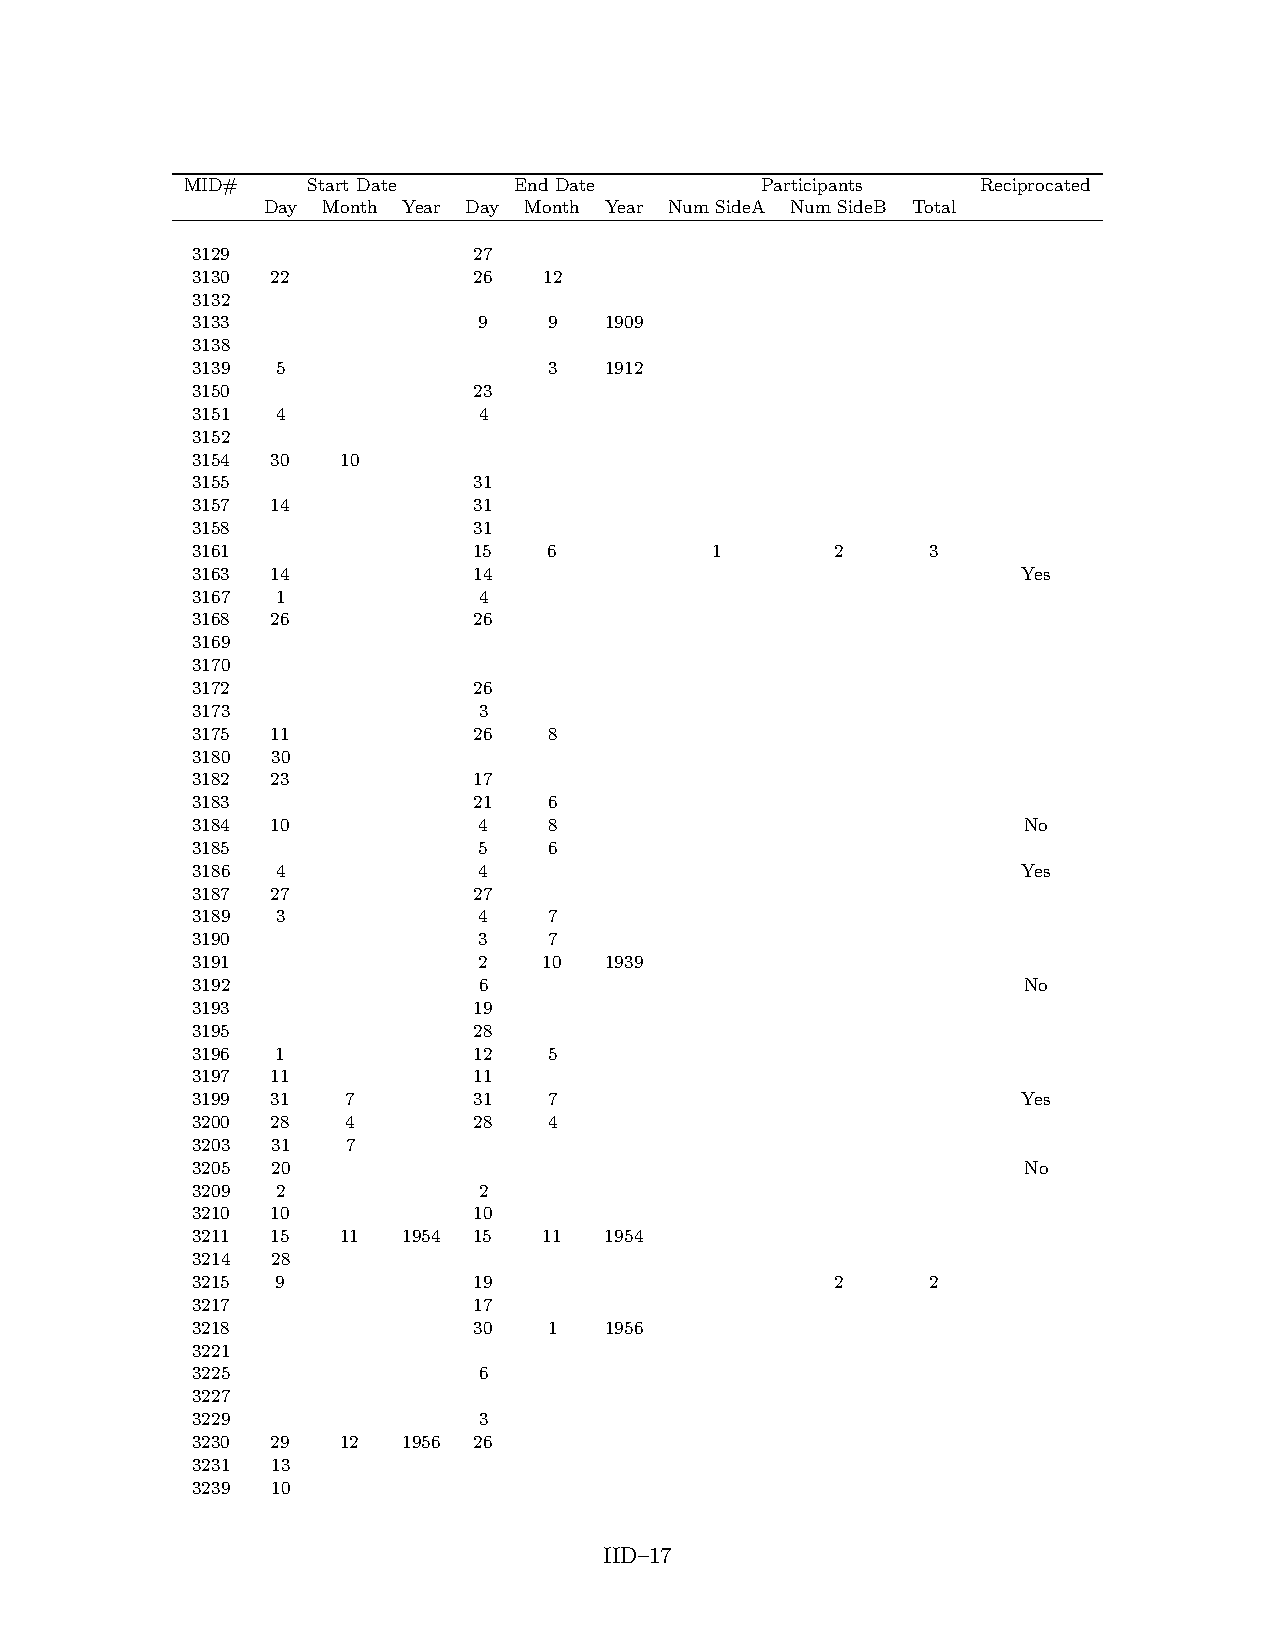
MID#    Start Date    End Date        Participants   Reciprocated
 Day Month Year Day Month Year Num SideA Num SideB Total
 3129              27
 3130 22           26   12
 3132
 3133               9   9   1909
 3138
 3139 5                 3   1912
 3150              23
 3151 4             4
 3152
 3154 30   10
 3155              31
 3157 14           31
 3158              31
 3161              15   6          1       2      3
 3163 14           14                                   Yes
 3167 1             4
 3168 26           26
 3169
 3170
 3172              26
 3173               3
 3175 11           26   8
 3180 30
 3182 23           17
 3183              21   6
 3184 10            4   8                               No
 3185               5   6
 3186 4             4                                   Yes
 3187 27           27
 3189 3             4   7
 3190               3   7
 3191               2   10  1939
 3192               6                                   No
 3193              19
 3195              28
 3196 1            12   5
 3197 11           11
 3199 31   7       31   7                               Yes
 3200 28   4       28   4
 3203 31   7
 3205 20                                                No
 3209 2             2
 3210 10           10
 3211 15   11  1954 15  11  1954
 3214 28
 3215 9            19                      2      2
 3217              17
 3218              30   1   1956
 3221
 3225               6
 3227
 3229               3
 3230 29   12  1956 26
 3231 13
 3239 10
 IID–17